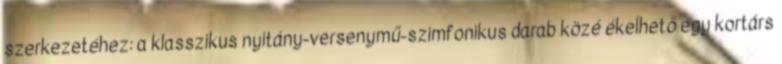
szerkezetéhez: a klasszikus nyitány-versenymű-szimfonikus darab közé ékelhető egy kortárs